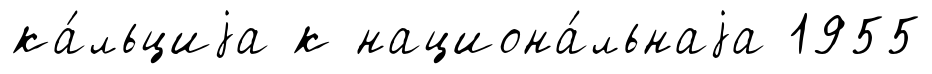
ка́льциjа к национа́льнаjа 1955